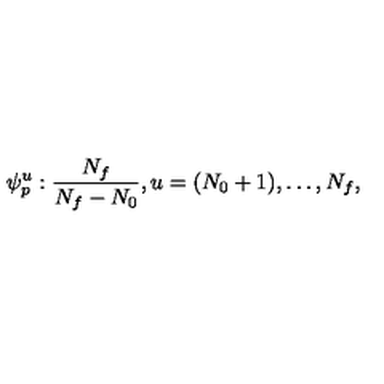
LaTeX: \psi _ { p } ^ { u } : \frac { N _ { f } } { N _ { f } - N _ { 0 } } , u = ( N _ { 0 } + 1 ) , \dots , N _ { f } ,